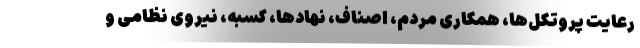
رعایت پروتکل‌ها، همکاری مردم، اصناف، نهادها، کسبه، نیروی نظامی و